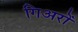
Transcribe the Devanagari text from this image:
गिअरों